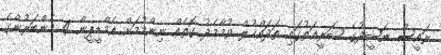
ރައީސް ނަޝީދުގެ ޝަރީޢަތުގައި ތަދައްޚުލް ވުމާމެދު ގޮތެއް ނިންމުމަށް އެމްޑީޕީން 4 މެންބަރުންގެ